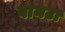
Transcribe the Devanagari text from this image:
बामटा